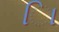
િા